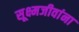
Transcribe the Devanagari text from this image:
सूक्ष्मजीवांना